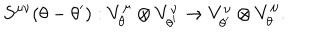
S ^ { \mu \nu } ( \theta - \theta ^ { \prime } ) : V _ { \theta } ^ { \mu } \otimes V _ { \theta ^ { \prime } } ^ { \nu } \rightarrow V _ { \theta ^ { \prime } } ^ { \nu } \otimes V _ { \theta } ^ { \mu } .